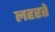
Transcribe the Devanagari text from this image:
लहरते